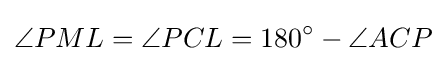
\angle PML=\angle PCL=180^{\circ }-\angle ACP